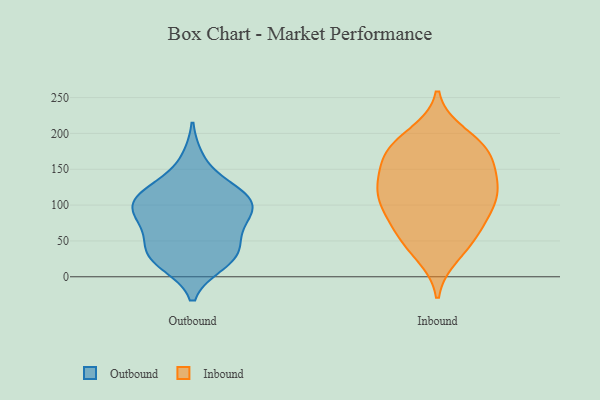
{"axis": {"x": "Bounce Rate (%)", "y": "Value"}, "legend": ["Inbound", "Outbound"], "data": [{"x": "", "y": 119, "type": "Outbound"}, {"x": "", "y": 36, "type": "Outbound"}, {"x": "", "y": 18, "type": "Outbound"}, {"x": "", "y": 18, "type": "Outbound"}, {"x": "", "y": 164, "type": "Outbound"}, {"x": "", "y": 69, "type": "Outbound"}, {"x": "", "y": 95, "type": "Outbound"}, {"x": "", "y": 121, "type": "Outbound"}, {"x": "", "y": 102, "type": "Outbound"}, {"x": "", "y": 40, "type": "Outbound"}, {"x": "", "y": 82, "type": "Outbound"}, {"x": "", "y": 29, "type": "Outbound"}, {"x": "", "y": 45, "type": "Outbound"}, {"x": "", "y": 112, "type": "Outbound"}, {"x": "", "y": 85, "type": "Outbound"}, {"x": "", "y": 89, "type": "Outbound"}, {"x": "", "y": 119, "type": "Outbound"}, {"x": "", "y": 86, "type": "Inbound"}, {"x": "", "y": 198, "type": "Inbound"}, {"x": "", "y": 177, "type": "Inbound"}, {"x": "", "y": 176, "type": "Inbound"}, {"x": "", "y": 122, "type": "Inbound"}, {"x": "", "y": 166, "type": "Inbound"}, {"x": "", "y": 71, "type": "Inbound"}, {"x": "", "y": 131, "type": "Inbound"}, {"x": "", "y": 133, "type": "Inbound"}, {"x": "", "y": 184, "type": "Inbound"}, {"x": "", "y": 49, "type": "Inbound"}, {"x": "", "y": 88, "type": "Inbound"}, {"x": "", "y": 166, "type": "Inbound"}, {"x": "", "y": 103, "type": "Inbound"}, {"x": "", "y": 31, "type": "Inbound"}, {"x": "", "y": 115, "type": "Inbound"}, {"x": "", "y": 50, "type": "Inbound"}, {"x": "", "y": 123, "type": "Inbound"}]}